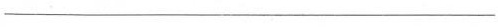
___